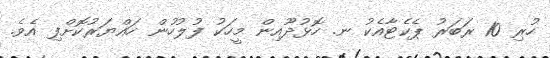
ހުރި 10 ރަބަރު ޕެކެޓާއެކު ނ. ހޮޅުދޫއިން މީހަކު ފުލުހުން ހައްޔަރުކޮށްފި އެވެ.